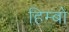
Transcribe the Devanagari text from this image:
हिम्बो